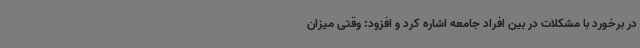
در برخورد با مشکلات در بین افراد جامعه اشاره کرد و افزود: وقتی میزان